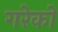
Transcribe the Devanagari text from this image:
गरेको